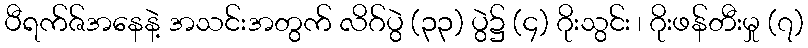
ပီရက်ဇ်အနေနဲ့ အသင်းအတွက် လိဂ်ပွဲ (၃၃) ပွဲ၌ (၄) ဂိုးသွင်း ၊ ဂိုးဖန်တီးမှု (၇)